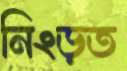
নিংড়ত